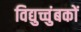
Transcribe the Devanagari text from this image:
विद्युच्चुंबकों